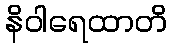
နိဝါရေထာတိ